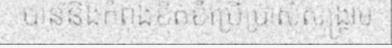
បាននិងកំពុងខិតខំប្រើប្រាស់សង្គ្រាម